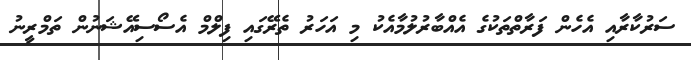
ސަރުކާރާއި އެހެން ފަރާތްތަކުގެ އެއްބާރުލުމާއެކު މި އަހަރު ތެރޭގައި ފިލްމް އެސޯސިއޭޝަނުން ތަމްރީނު